Salla_vallavalitsus, lk 24
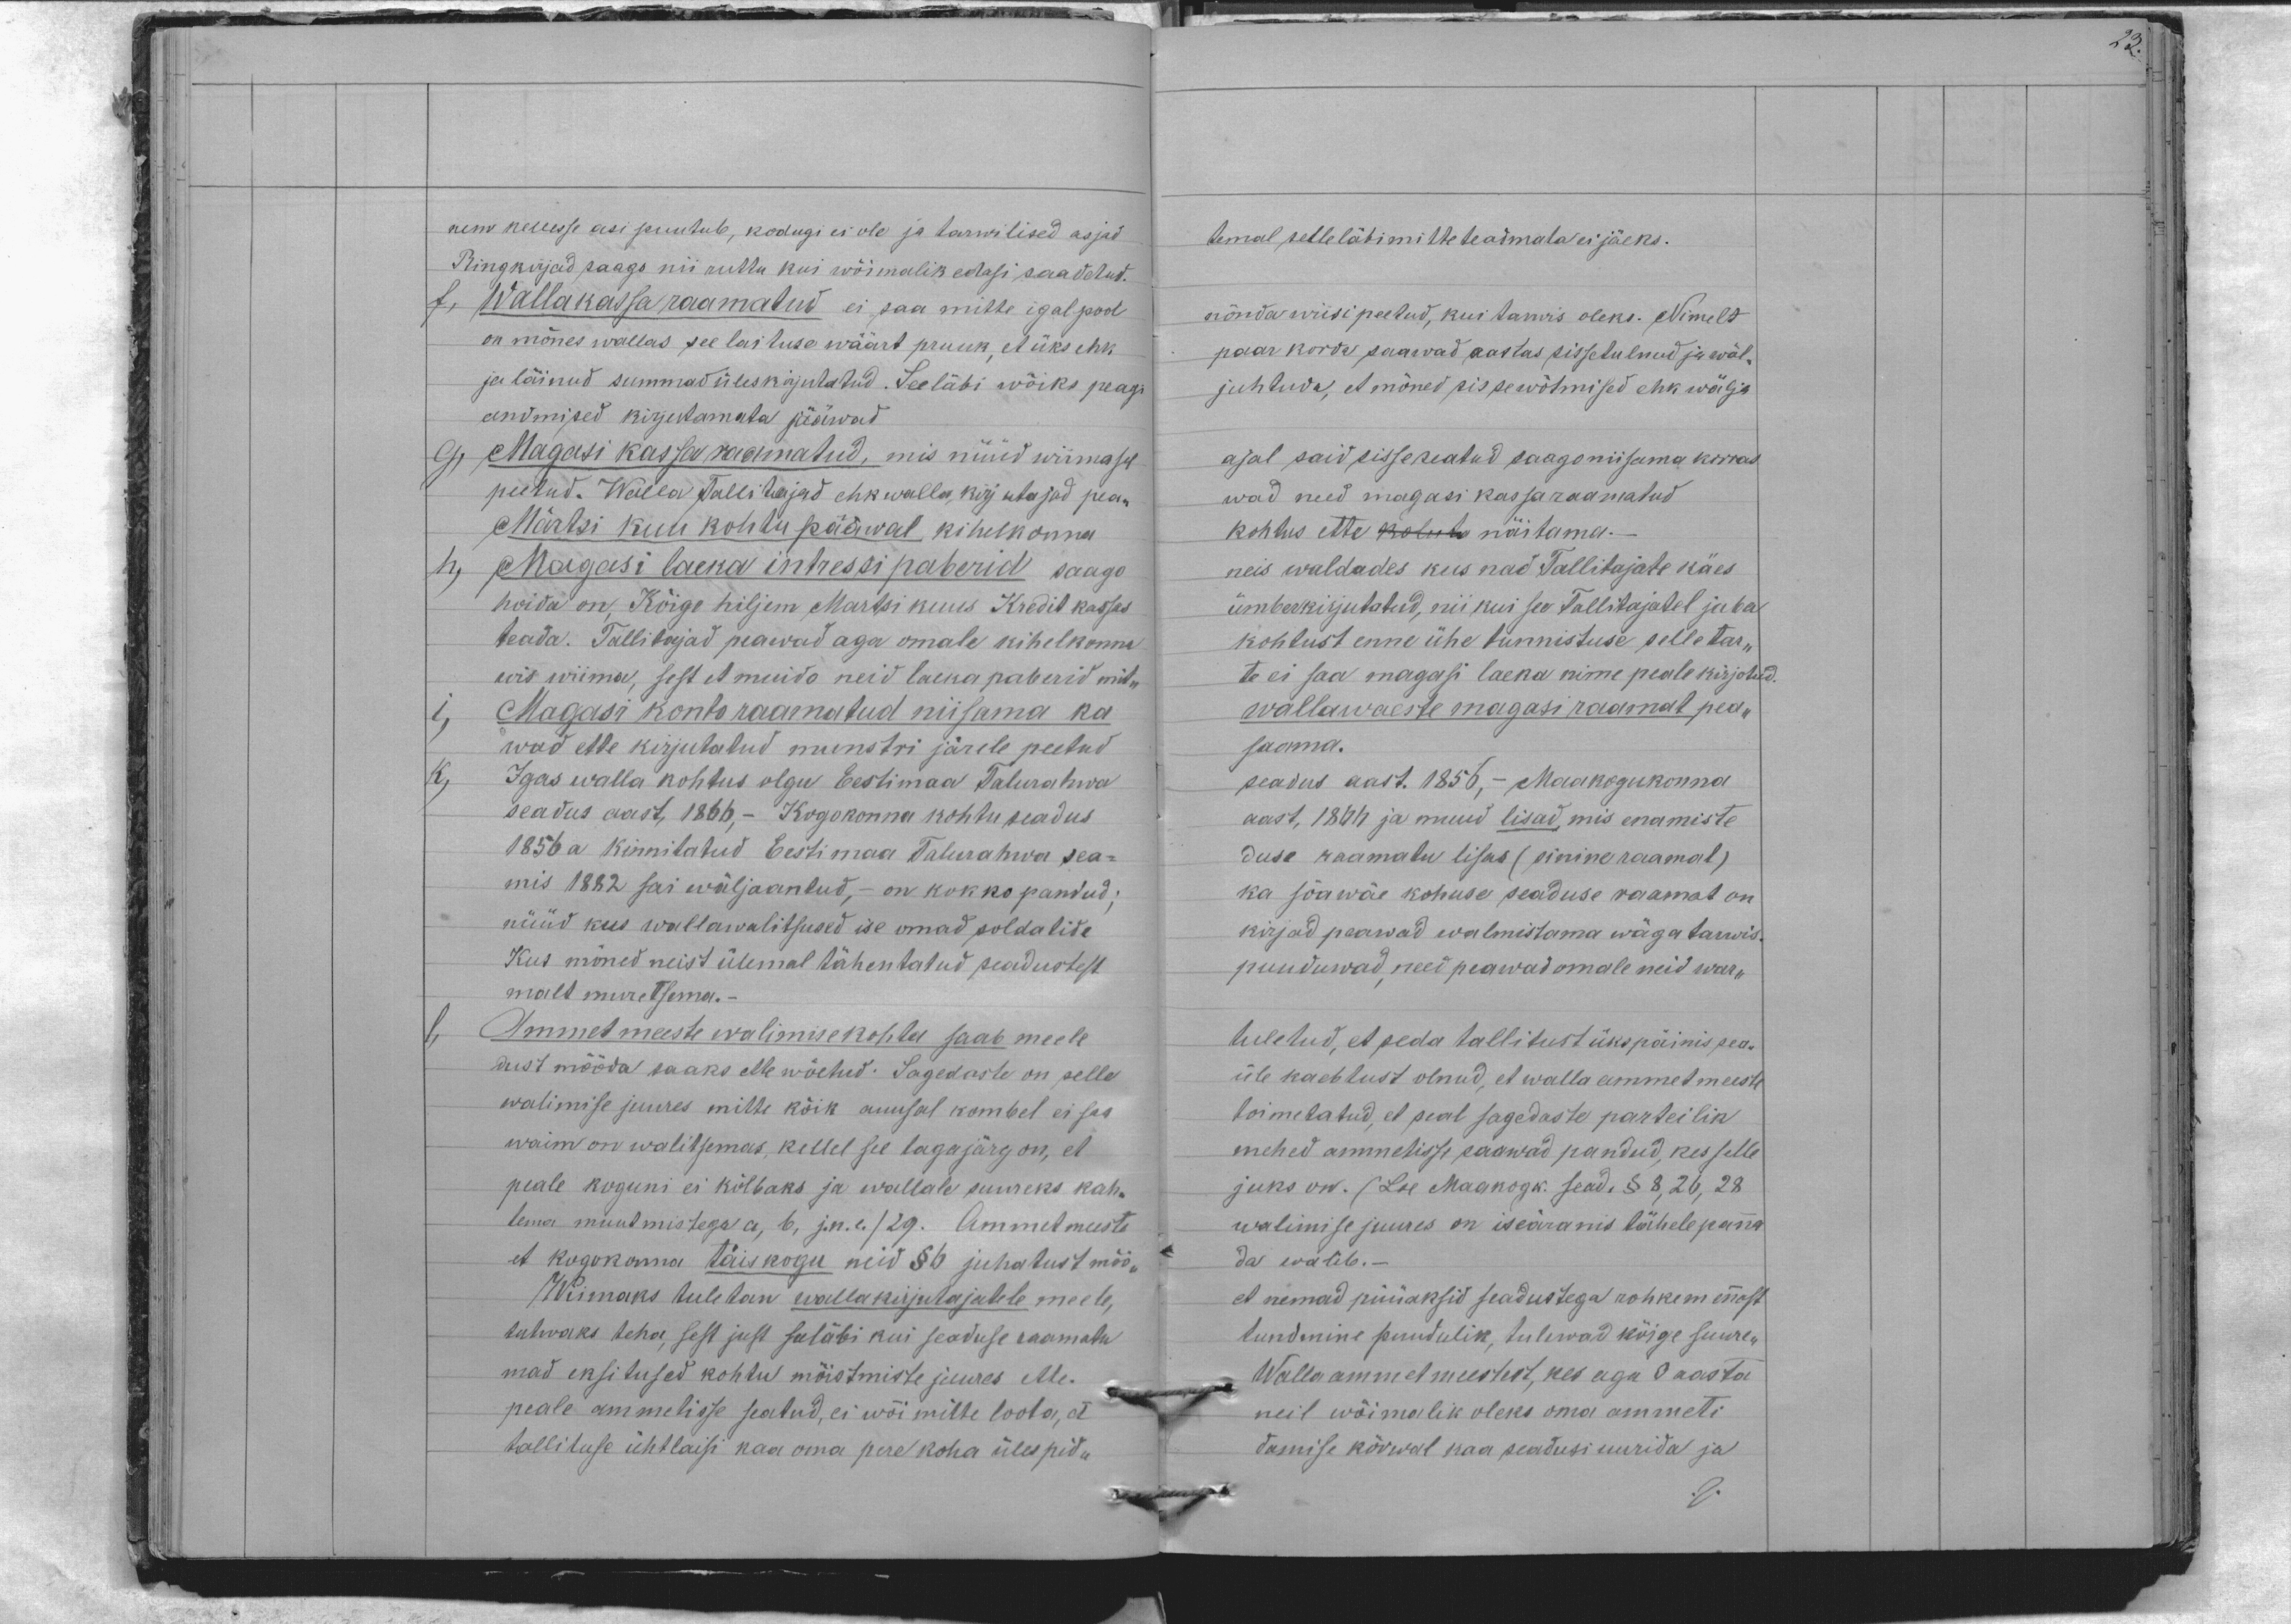
nem kellesse asi puutub, kodugi ei ole ja tarwilised asjad
Ring kirjad saago nii ruttu kui wõimalik edasi saadetud.
f, Walla kassa raamatud ei saa mitte igalpool
on mõnes wallas see laituse wäärt pruuk, et üks ehk
ja läinud summad üles kirjutatud. See läbi wõiks peagi
andmised kirjutamata jääwad
g, Magasi kassa raamatud, mis nüüd wiimast
peetud. Walla Tallitajad ehk walla kirjutajad pea-
Märtsi kuu kohtu pääwal kihelkonna
h, Magasi laeka intressi paberid saago
hoida on Kõige hiljem Martsi kuus Kredit kassas
teada. Tallitajad peawad aga omale kihelkonna
wis wiima, sest et muido neid laeka paberid mit-
i, Magasi konto raamatud niisama ka
wad ette kirjutatud munstri järele peetud.
k)
Igas walla kohtus olgu Eestimaa Talurahwa
seadus aast, 1866.- Kogokonna kohtu seadus
1856. a kinnitatud Eesti maa Talurahwa sea-
mis 1882 sai wälja antud, - on kokko pandud:
nüüd kus wallawalitsused ise omad soldatide
Kus mõned neist ülemal tähentatud seadustest
malt muretsema.-
l, Ammetmeeste walimise kohta saab meele
dust mööda saaks ette wõetud: Sagedaste on selle
walimise juures mitte kõik auusal kombel ei saa
waim on walitsemas, kellel see tagajärg on, et
peale koguni ei kõlbaks ja wallale suureks kah-
tema muutmistega a, 6, j.n.e. / 29. Ammetmeeste
et kogokonna täiskogu neid §6 juhatust möö-
Wiimaks tuletan wallakirjutajatele meele,
tutwaks teha, sest just seeläbi kui seaduse raamatu
mad eksitused kohtu mõistmiste juures ette.
peale ammetisse seatud, ei wõi mitte loota, et
tallituse ühtlaisi kaa oma pere koha üles pidu

temal selle läbi mitte teadmata ei jäeks.
nõnda wiisi peetud, kui tarwis oleks. Nimelt
paar korda saawad aastas sissetulnud ja wäl-
juhtuda, et mõned sisewõtmised ehk wälja
ajal said sisse seatud saago niisama korras
wad need magasi kassaraamatud.
kohtus ette kohto näitama.
neis waldades kus nad Tallitajate käes
ümberkirjutatud, nii kui see Tallitajatel juba
kohtust enne ühe tunnistuse selletar-
te ei saa magasi laeka nime peale kirjotud.
walla waeste magasi raamat pea-
saama.
seadus aast. 1856, - Maakogukonna
aast, 1866 ja muud lisad, mis enamiste
duse raamatu lisas (sinine raamat)
ka sõa wäe kohuse seaduse raamat on.
kirjad peawad walmistama wäga tarwis.
puuduwad, need peawad omale neid war-
tuletud, et seda tallitust ükspäinis pea-
üle kaebtust olnud, et walla ammetmeeste
toimetatud, et peal sagedaste parteilik
mehed ammetisse pääwad pandud, kes selle
juks on. (Loe Maakogk. sead. § 8, 26, 28
walimise juures on iseäranis tähelepanna
da walib.-
et nemad püüaksid seadustega rohkem ennast
tundmine puudulik, tulewad kõige suure-
Walla ammetmeestest, kes aga 3 aasta
neil wõimalik oleks oma ammeti
damise kõrwal kaa seadusi uurida ja